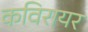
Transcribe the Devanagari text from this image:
कविरायर